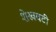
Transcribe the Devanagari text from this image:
शेखवटी